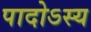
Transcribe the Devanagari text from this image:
पादोऽस्य